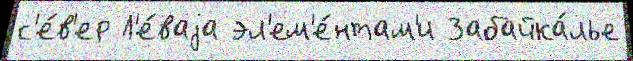
с'е́в'ер Л'е́ваjа эл'ем'е́нтам'и Забайка́лье